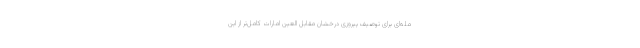
مله‌ای برای توصیف پیروزی درخشان مقابل العین امارات کامل‌تر از این